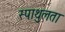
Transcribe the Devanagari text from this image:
स्पाथुलता